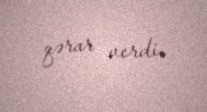
qərar verdi.